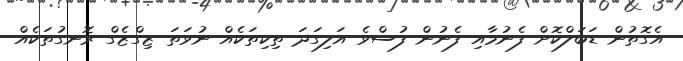
އެގޮތުން ޑަބަލްކޮށް ފެނުމާއި ފެނުން ފުސްވެ އަލިގަދަ ތިކިތަކެއް ނުވަތަ ޒިގްޒެގް ރޮނގުތަކެއް